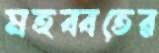
মহব্বতের